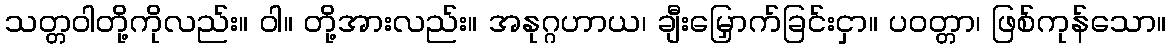
သတ္တဝါတို့ကိုလည်း။ ဝါ။ တို့အားလည်း။ အနုဂ္ဂဟာယ၊ ချီးမြှောက်ခြင်းငှာ။ ပဝတ္တာ၊ ဖြစ်ကုန်သော။